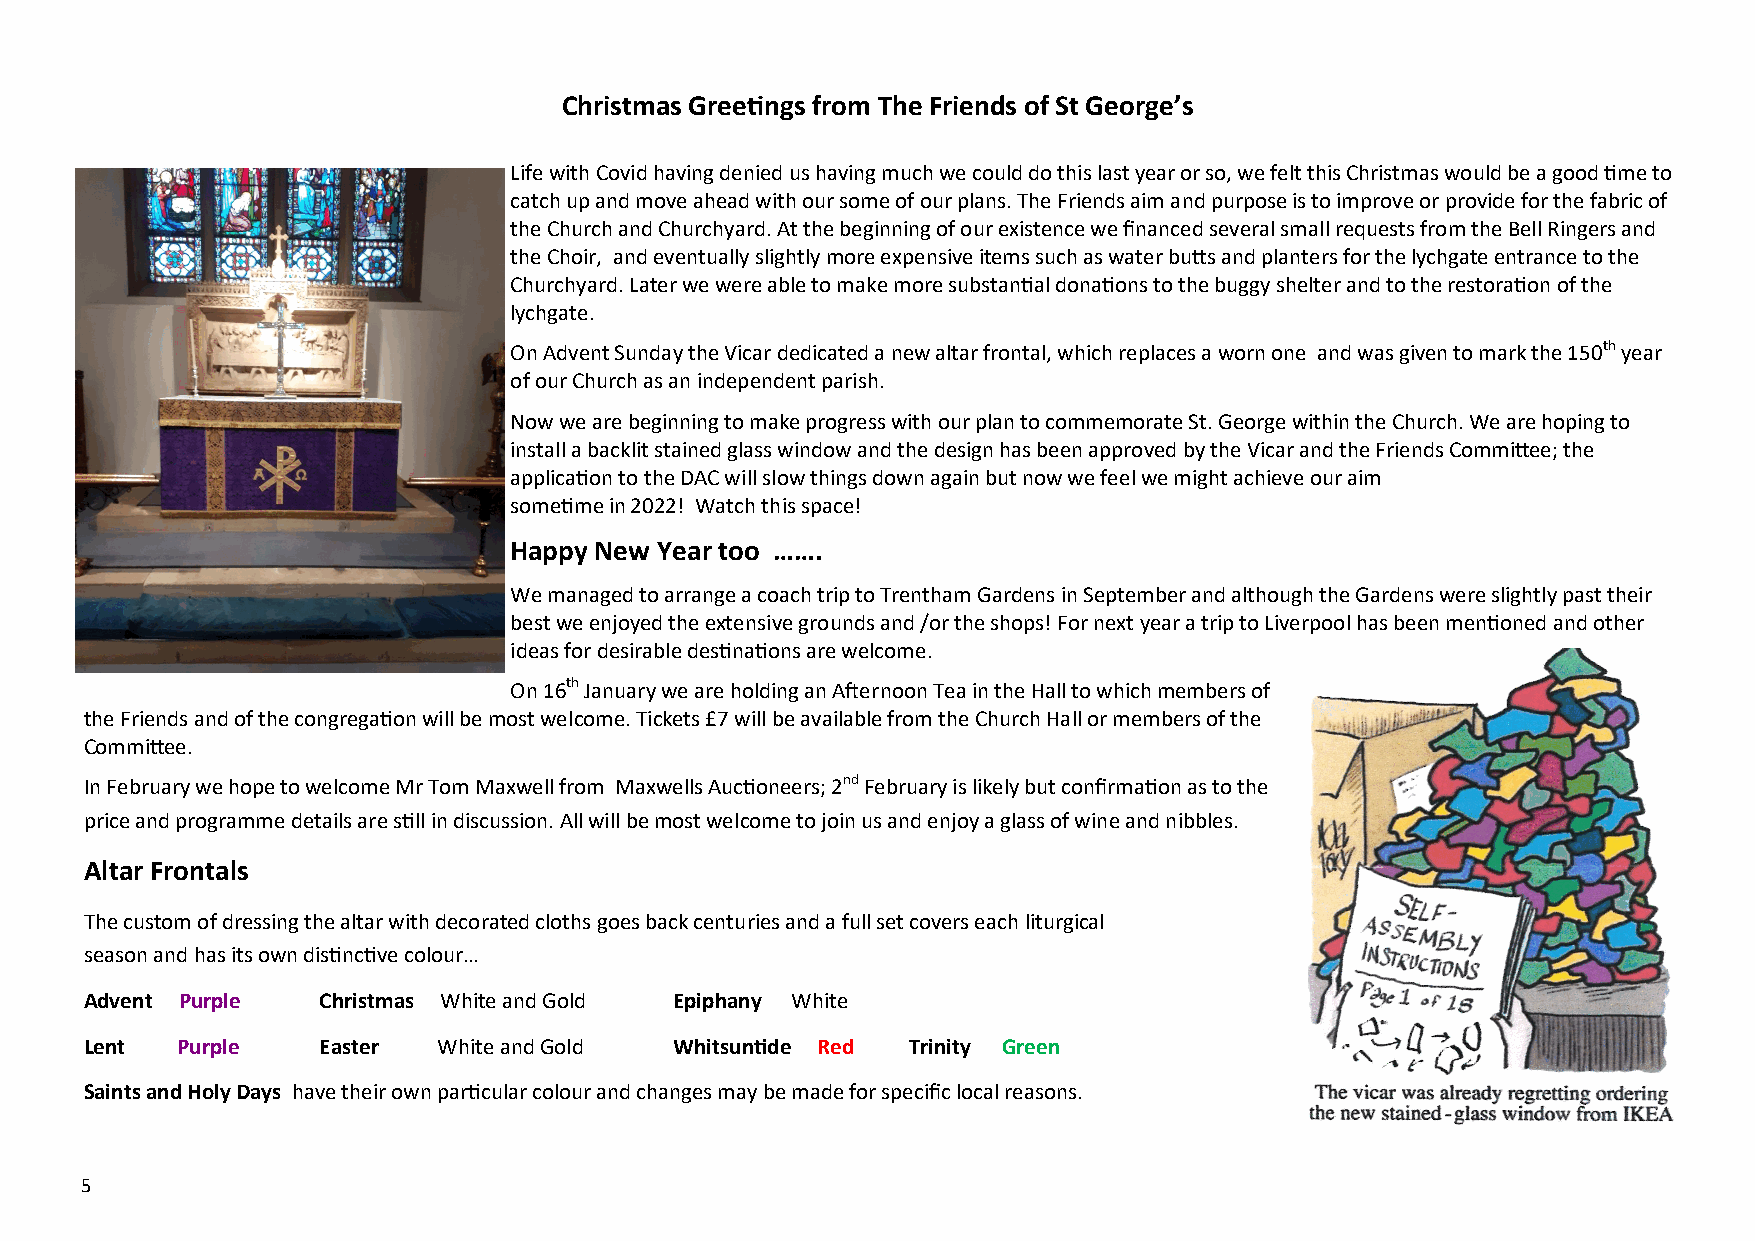
Christmas Greetings from The Friends of St George’s
 Life with Covid having denied us having much we could do this last year or so, we felt this Christmas would be a good time to
 catch up and move ahead with our some of our plans. The Friends aim and purpose is to improve or provide for the fabric of
 the Church and Churchyard. At the beginning of our existence we financed several small requests from the Bell Ringers and
 the Choir, and eventually slightly more expensive items such as water butts and planters for the lychgate entrance to the
 Churchyard. Later we were able to make more substantial donations to the buggy shelter and to the restoration of the
 lychgate.
 On Advent Sunday the Vicar dedicated a new altar frontal, which replaces a worn one and was given to mark the 150th year
 of our Church as an independent parish.
 Now we are beginning to make progress with our plan to commemorate St. George within the Church. We are hoping to
 install a backlit stained glass window and the design has been approved by the Vicar and the Friends Committee; the
 application to the DAC will slow things down again but now we feel we might achieve our aim
 sometime in 2022! Watch this space!
 Happy New Year too …….
 We managed to arrange a coach trip to Trentham Gardens in September and although the Gardens were slightly past their
 best we enjoyed the extensive grounds and /or the shops! For next year a trip to Liverpool has been mentioned and other
 ideas for desirable destinations are welcome.
 On 16th January we are holding an Afternoon Tea in the Hall to which members of
 the Friends and of the congregation will be most welcome. Tickets £7 will be available from the Church Hall or members of the
 Committee.
 In February we hope to welcome Mr Tom Maxwell from Maxwells Auctioneers; 2nd February is likely but confirmation as to the
 price and programme details are still in discussion. All will be most welcome to join us and enjoy a glass of wine and nibbles.
 Altar Frontals
 The custom of dressing the altar with decorated cloths goes back centuries and a full set covers each liturgical
 season and has its own distinctive colour…
 Advent Purple  Christmas White and Gold Epiphany White
 Lent  Purple   Easter  White and Gold  Whitsuntide Red Trinity Green
 Saints and Holy Days have their own particular colour and changes may be made for specific local reasons.
 5